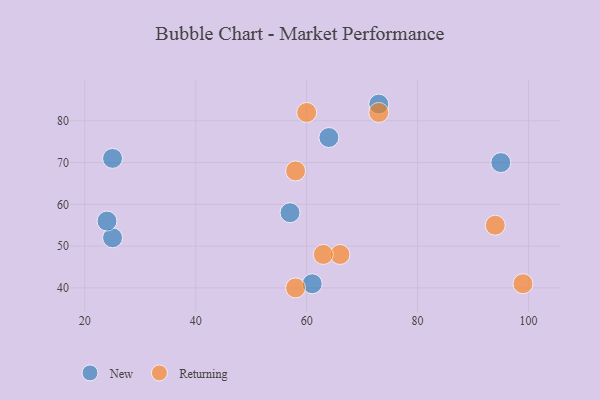
{"axis": {"x": "GDP", "y": "Life Expectancy"}, "legend": ["New", "Returning"], "data": [{"x": "73", "y": 84, "type": "New"}, {"x": "25", "y": 52, "type": "New"}, {"x": "64", "y": 76, "type": "New"}, {"x": "95", "y": 70, "type": "New"}, {"x": "24", "y": 56, "type": "New"}, {"x": "57", "y": 58, "type": "New"}, {"x": "25", "y": 71, "type": "New"}, {"x": "61", "y": 41, "type": "New"}, {"x": "73", "y": 82, "type": "Returning"}, {"x": "60", "y": 82, "type": "Returning"}, {"x": "99", "y": 41, "type": "Returning"}, {"x": "58", "y": 40, "type": "Returning"}, {"x": "94", "y": 55, "type": "Returning"}, {"x": "66", "y": 48, "type": "Returning"}, {"x": "63", "y": 48, "type": "Returning"}, {"x": "58", "y": 68, "type": "Returning"}]}